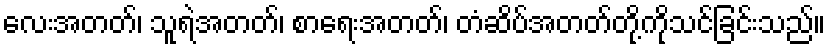
လေးအတတ်၊ သူရဲအတတ်၊ စာရေးအတတ်၊ တံဆိပ်အတတ်တို့ကိုသင်ခြင်းသည်။